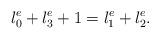
LaTeX: \begin{align*}l_{0}^{e} + l_{3}^{e} + 1 = l_{1}^{e} +l_{2}^{e}.\end{align*}